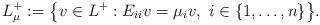
LaTeX: \begin{align*}L_\mu^+:=\big\{ v\in L^+ : E_{ii}v=\mu_iv,\ i\in\{1,\dots,n\}\big\}.\end{align*}